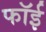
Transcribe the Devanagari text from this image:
फॉई